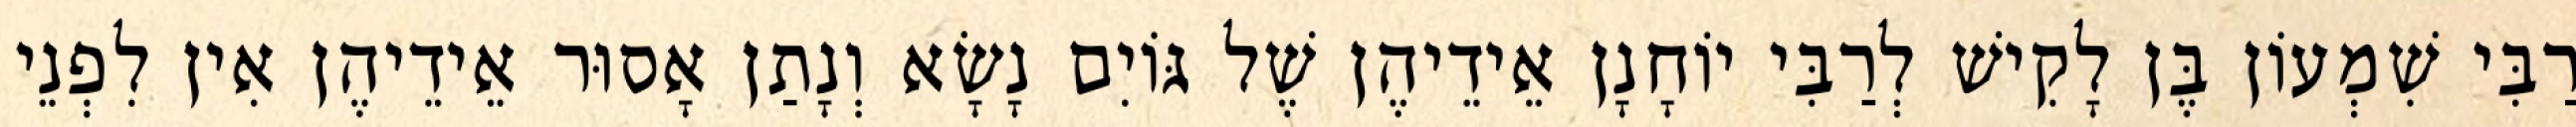
רַבִּי שִׁמְעוֹן בֶּן לָקִישׁ לְרַבִּי יוֹחָנָן אֵידֵיהֶן שֶׁל גּוֹיִם נָשָׂא וְנָתַן אָסוּר אֵידֵיהֶן אִין לִפְנֵי